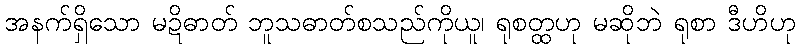
အနက်ရှိသော မဍိဓာတ် ဘူသဓာတ်စသည်ကိုယူ၊ ရုစတ္ထဟု မဆိုဘဲ ရုစာ ဒီဟိဟု